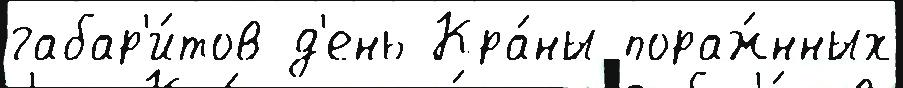
габар'и́тов д'ень Кра́ны пораж́нных